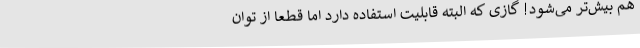
هم بیش‌تر می‌شود! گازی که البته قابلیت استفاده دارد اما قطعا از توان